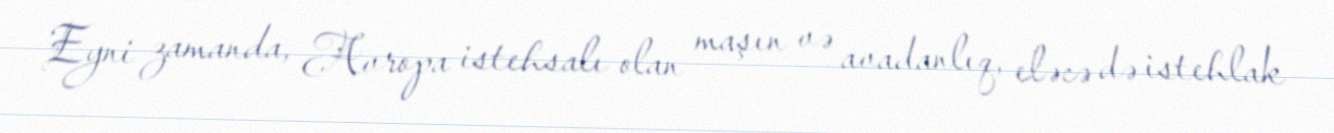
Eyni zamanda, Avropa istehsalı olan maşın və avadanlıq, eləcə də istehlak